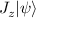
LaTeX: J _ { z } | \psi \rangle